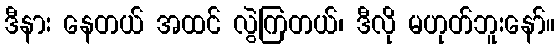
ဒီနား နေတယ် အထင် လွဲကြတယ်၊ ဒီလို မဟုတ်ဘူးနော်။